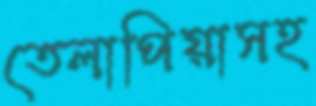
তেলাপিয়াসহ